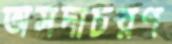
অসদাচরণ